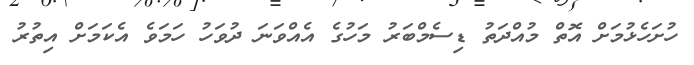
ހުށަހެޅުމަށް އޮތް މުއްދަތު ޑިސެމްބަރު މަހުގެ އެއްވަނަ ދުވަހު ހަމަވެ އެކަމަށް އިތުރު